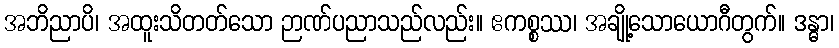
အဘိညာပိ၊ အထူးသိတတ်သော ဉာဏ်ပညာသည်လည်း။ ဧကစ္စဿ၊ အချို့သောယောဂီတွက်။ ဒန္ဓာ၊